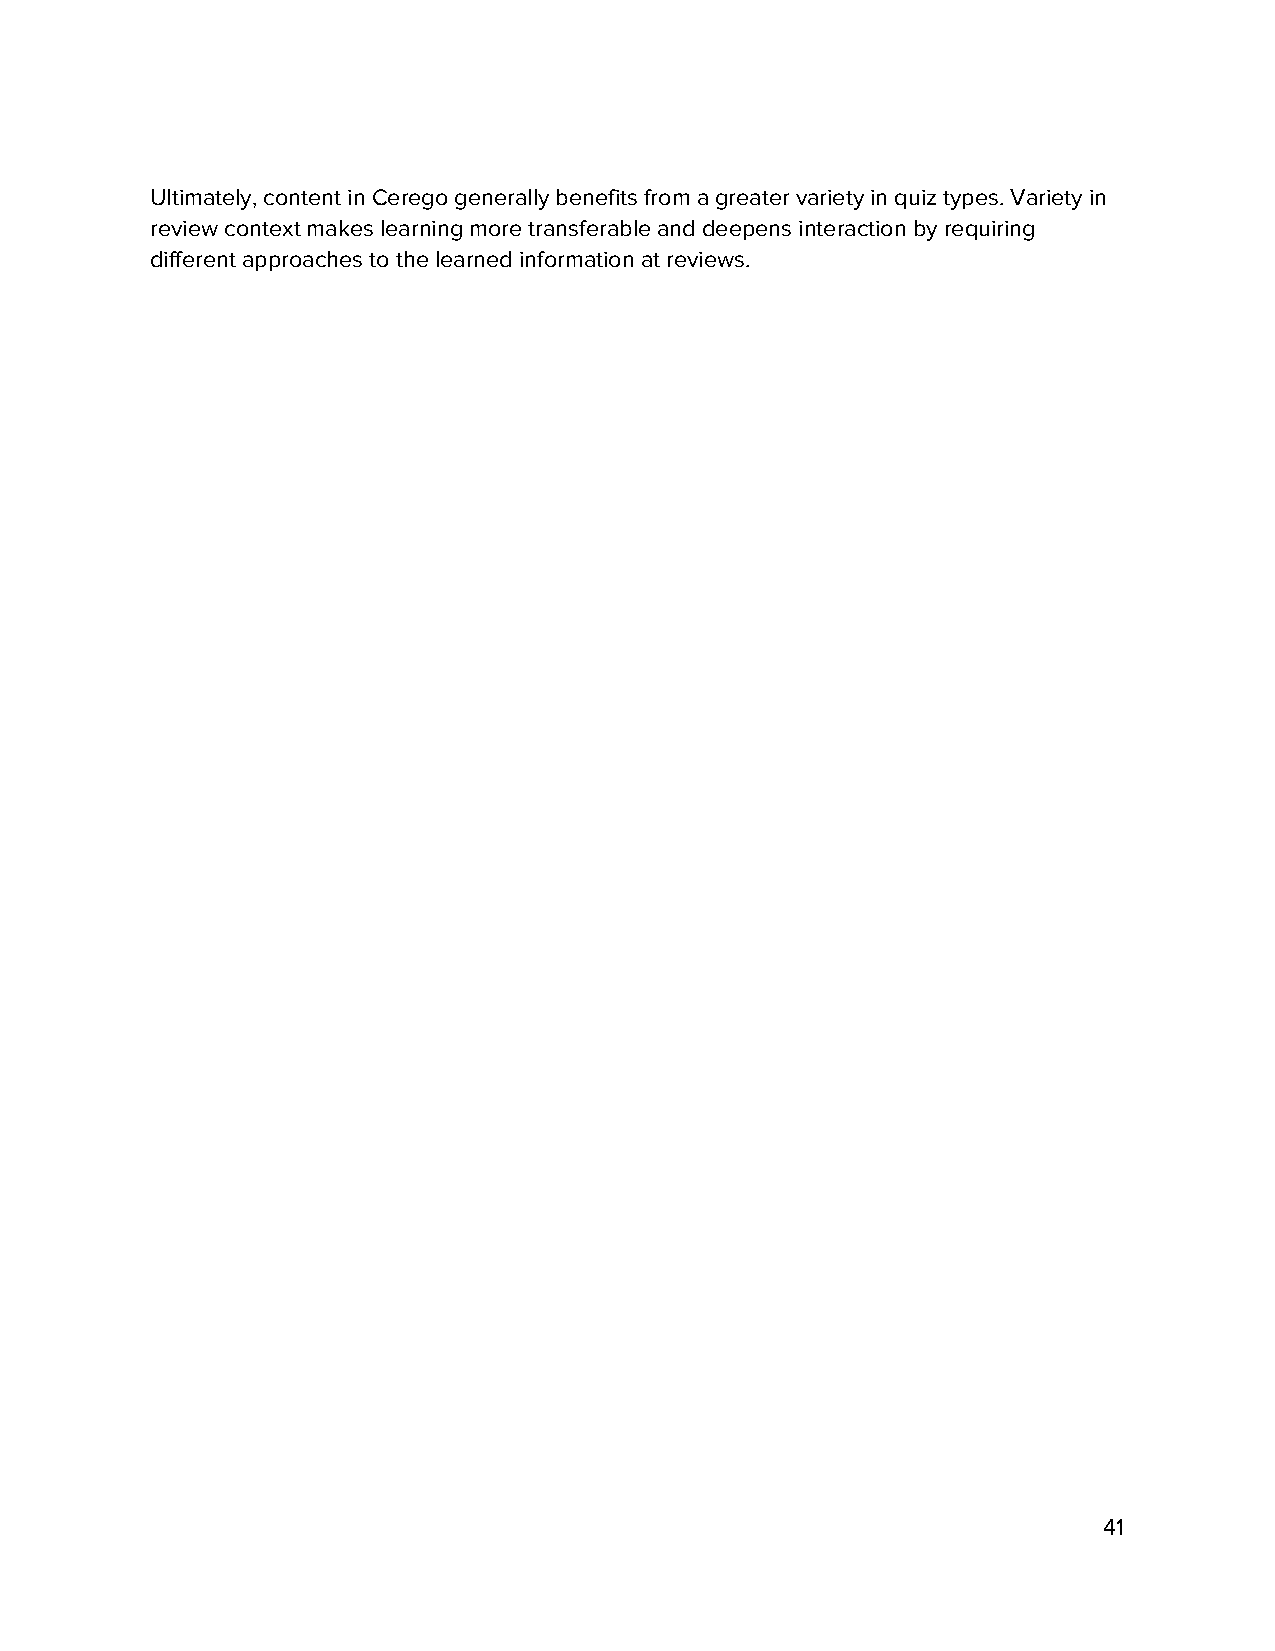
Ultimately, content in Cerego generally benefits from a greater variety in quiz types. Variety in
 review context makes learning more transferable and deepens interaction by requiring
 different approaches to the learned information at reviews.
 41